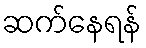
ဆက်နေရန်